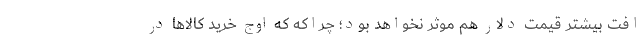
افت بیشتر قیمت دلار هم موثر نخواهد بود؛ چراکه که اوج خرید کالاها در